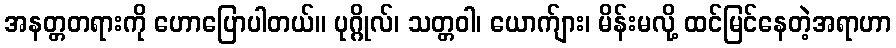
အနတ္တတရားကို ဟောပြောပါတယ်။ ပုဂ္ဂိုလ်၊ သတ္တဝါ၊ ယောက်ျား၊ မိန်းမလို့ ထင်မြင်နေတဲ့အရာဟာ